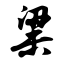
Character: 粱